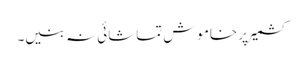
کشمیر پر خاموش تماشائی نہ بنیں۔